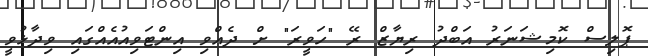
ޕޮލިސް ކޮމިޝަނަރު އަބްދު ރިޔާޒް ރޭ "ހަވީރަ" ށް ދެއްވި އިންޓަވިއުއެއްގައި ވިދާޅުވީ